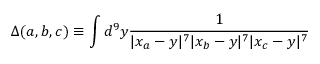
\Delta ( a , b , c ) \equiv \int d ^ { 9 } y { \frac { 1 } { | x _ { a } - y | ^ { 7 } | x _ { b } - y | ^ { 7 } | x _ { c } - y | ^ { 7 } } }